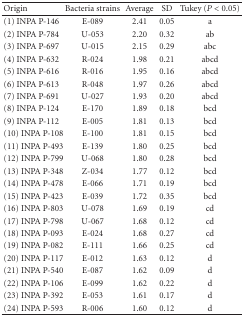
<table><thead><tr><td><b> Origin</b></td><td><b>Bacteria strains</b></td><td><b>Average</b></td><td><b>SD</b></td><td><b>Tukey (<i>P</i> &lt; 0.05)</b></td></tr></thead><tbody><tr><td>(1) INPA P-146</td><td>E-089</td><td>2.41</td><td>0.05</td><td>a</td></tr><tr><td>(2) INPA P-784</td><td>U-053</td><td>2.20</td><td>0.32</td><td>ab</td></tr><tr><td>(3) INPA P-697</td><td>U-015</td><td>2.15</td><td>0.29</td><td>abc</td></tr><tr><td>(4) INPA P-632</td><td>R-024</td><td>1.98</td><td>0.21</td><td>abcd</td></tr><tr><td>(5) INPA P-616</td><td>R-016</td><td>1.95</td><td>0.16</td><td>abcd</td></tr><tr><td>(6) INPA P-613</td><td>R-048</td><td>1.97</td><td>0.26</td><td>abcd</td></tr><tr><td>(7) INPA P-691</td><td>U-027</td><td>1.93</td><td>0.20</td><td>abcd</td></tr><tr><td>(8) INPA P-124</td><td>E-170</td><td>1.89</td><td>0.18</td><td>bcd</td></tr><tr><td>(9) INPA P-112</td><td>E-005</td><td>1.81</td><td>0.13</td><td>bcd</td></tr><tr><td>(10) INPA P-108</td><td>E-100</td><td>1.81</td><td>0.15</td><td>bcd</td></tr><tr><td>(11) INPA P-493</td><td>E-139</td><td>1.80</td><td>0.25</td><td>bcd</td></tr><tr><td>(12) INPA P-799</td><td>U-068</td><td>1.80</td><td>0.28</td><td>bcd</td></tr><tr><td>(13) INPA P-348</td><td>Z-034</td><td>1.77</td><td>0.12</td><td>bcd</td></tr><tr><td>(14) INPA P-478</td><td>E-066</td><td>1.71</td><td>0.19</td><td>bcd</td></tr><tr><td>(15) INPA P-423</td><td>E-039</td><td>1.72</td><td>0.35</td><td>bcd</td></tr><tr><td>(16) INPA P-803</td><td>U-078</td><td>1.69</td><td>0.19</td><td>cd</td></tr><tr><td>(17) INPA P-798</td><td>U-067</td><td>1.68</td><td>0.12</td><td>cd</td></tr><tr><td>(18) INPA P-093</td><td>E-024</td><td>1.68</td><td>0.27</td><td>cd</td></tr><tr><td>(19) INPA P-082</td><td>E-111</td><td>1.66</td><td>0.25</td><td>cd</td></tr><tr><td>(20) INPA P-117</td><td>E-012</td><td>1.63</td><td>0.12</td><td>d</td></tr><tr><td>(21) INPA P-540</td><td>E-087</td><td>1.62</td><td>0.09</td><td>d</td></tr><tr><td>(22) INPA P-106</td><td>E-099</td><td>1.62</td><td>0.22</td><td>d</td></tr><tr><td>(23) INPA P-392</td><td>E-053</td><td>1.61</td><td>0.17</td><td>d</td></tr><tr><td>(24) INPA P-593</td><td>R-006</td><td>1.60</td><td>0.12</td><td>d</td></tr></tbody></table>